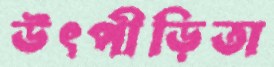
উৎপীড়িতা